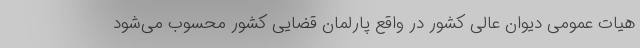
هیات عمومی دیوان عالی کشور در واقع پارلمان قضایی کشور محسوب می‌شود